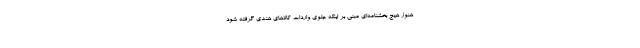
هنوز هیچ بخشنامه‌ای مبنی بر اینکه جلوی واردات کالاهای هندی گرفته شود